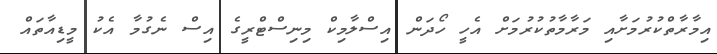
އިމާރާތްކުރުމަށާއި މަރާމާތުކުރުމަށް އެހީ ހޯދަން އިސްލާމިކް މިނިސްޓްރީގެ އިސް ނެގުމާ އެކު މީޑިއާތައް